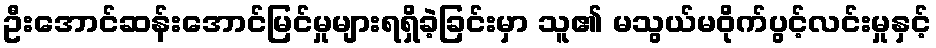
ဦးအောင်ဆန်းအောင်မြင်မှုများရရှိခဲ့ခြင်းမှာ သူ၏ မသွယ်မဝိုက်ပွင့်လင်းမှုနှင့်